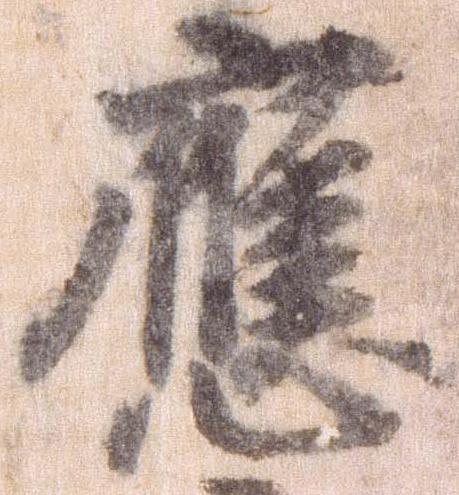
応